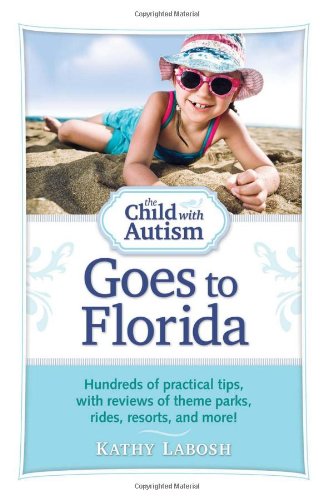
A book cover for The Child with Autism Goes to Florida: Hundreds of Practical Tips, with Reviews of Theme Parks, Rides, Resorts, and More!; Kathy Labosh; Travel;